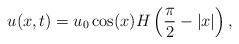
LaTeX: \begin{align*}u(x,t)=u_0\cos(x)H\left(\frac\pi 2-|x|\right),\end{align*}